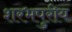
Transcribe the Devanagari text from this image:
शरभपुरीय